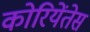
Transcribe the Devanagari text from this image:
कोरियेंतेस